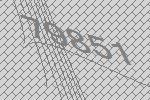
79851